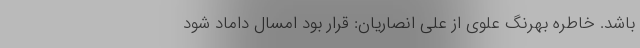
‌باشد. خاطره بهرنگ علوی از علی انصاریان: قرار بود امسال داماد شود